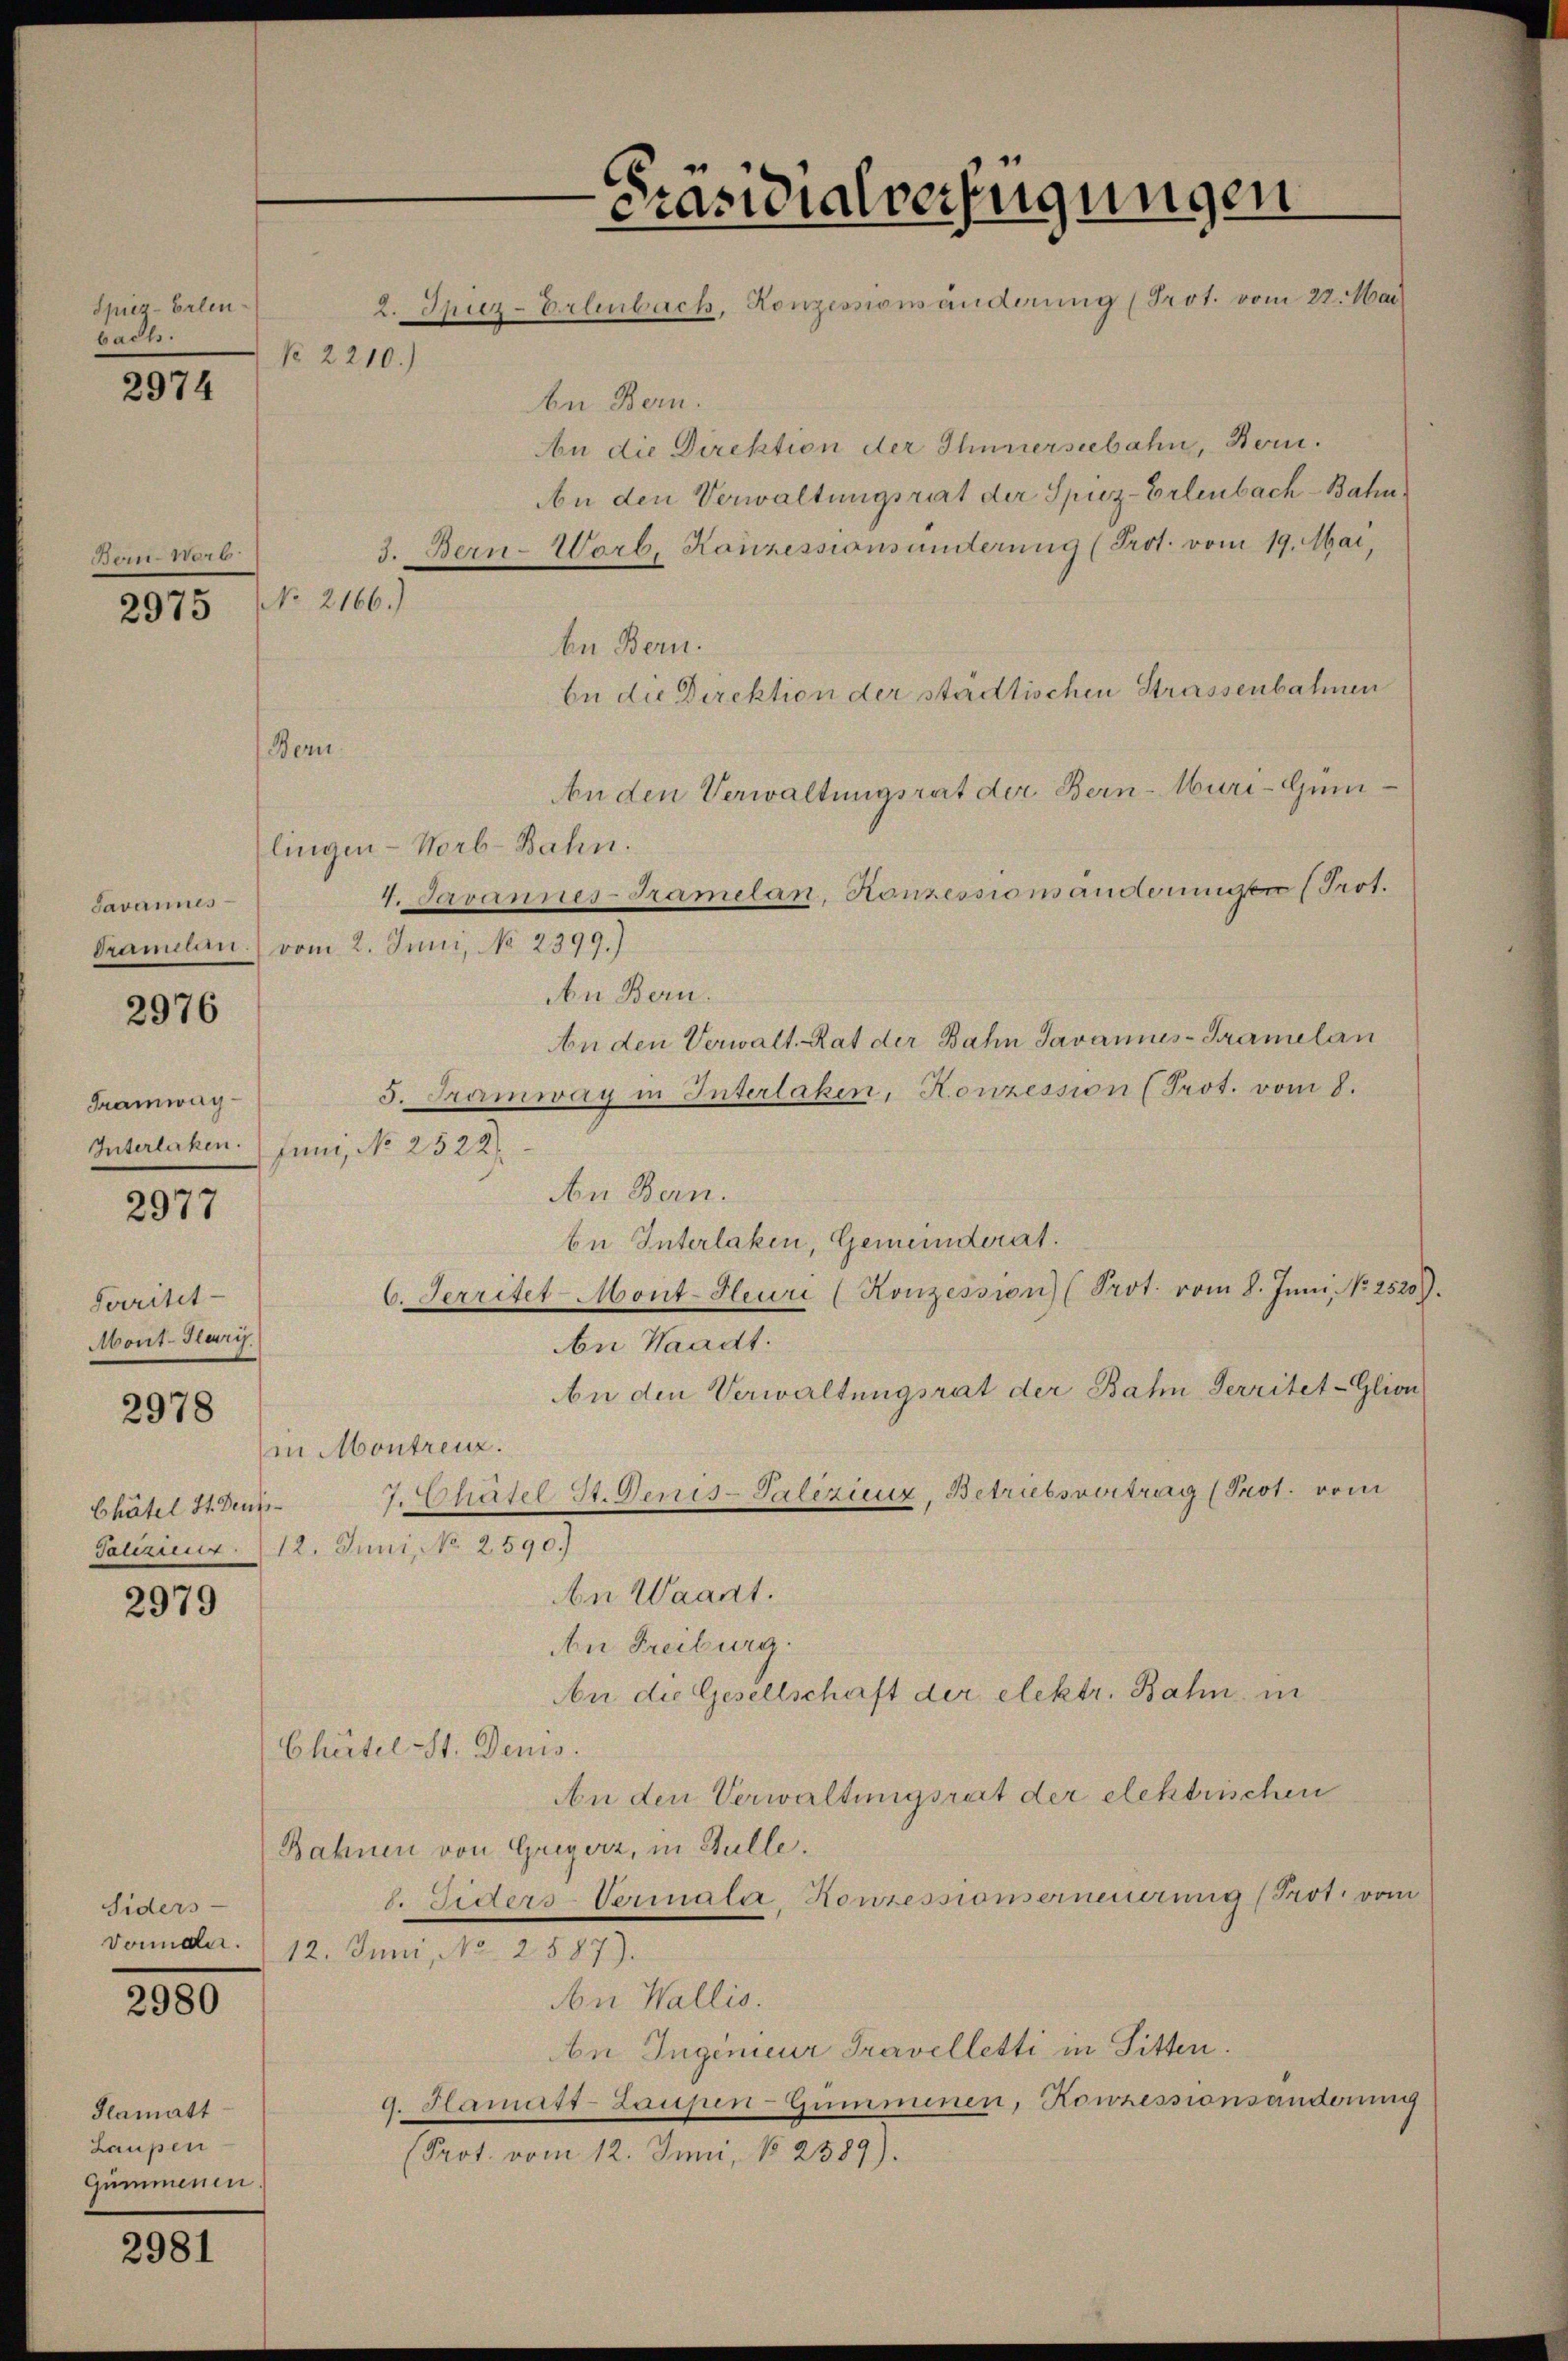
Spiez-Erlen
badls.

2974

Bonn 100
NNo. 2166.)

2975

2976

Tramwag
Interlaken.

2977

2978

2979

Siders
Dounder.

2980

Glamatt
Laupen
Gumminen.

2981

Bern.

No. 2210.)

be Bern.
An die Direktion der Ihnnerseebahn, Bern.
An den Verwaltungsrat der Spiez-Erlenbach-Bahn
3. Bern-Worb. Konzessionsänderung (Prot. vom 19. Mai,
ben Bern.
be die Direktion der städtischen Strassenbahnen
An den Verwaltungsrat der Bern-Muri-Gum¬
4. Javannes-Tramelan, Konzessions anderungen (Prot.
An Bern.
An den Verwalt. Rat der Bahn Javanius-Kramelan
5. Tramway in Interlaken, Honzession (Prot. vom 8.
Juni, No 2522).
An Bern.
be Interlaken, Gemeinderat.
6. Territet-Mont-Heuri (Konzession (Prot. vom 8. Jŭni No 2520).
An Waadt.
An den Verwaltungsrat der Bahn Territet-Glion
in Montreuz.
J.Chatel St. Denis-Salizienz, Betriebsvortrag (Prot. vom
Palizienr. 12. Juni, No 2590.)
An Waadt.
An Freiburg.
An die Gesellschaft der elektr. Bahn, in
Chütel St. Denis.
An den Verwaltungsrat der elektuischen
Bahnen von Greyerz, in Gulle.
d. Siders-Vermala, Konzessionserneuerung (Prot. vom
12. Juni, No. 2887).
An Wallis.
n Ingenieur Travelletti in Sitten.
9. Hamutt-Laupen-Gumminen, Konzessionsänderung
(Prot. vom 12. Juni, No 2589).

lingen-Norb-Bahn.
Javannes
vom 2. Juni, No 2399.)
Drameln

ferritet
Mont-Hary.
Chätel St. Deuts

Präsidialverfügungen
2. Spiz-Erlenbach, Konzessionsänderung (Prot. vom 22. Mai